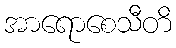
အာရောစေသီတိ